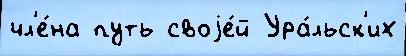
чл'е́на путь своjе́й Ура́льск'их